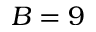
B = 9